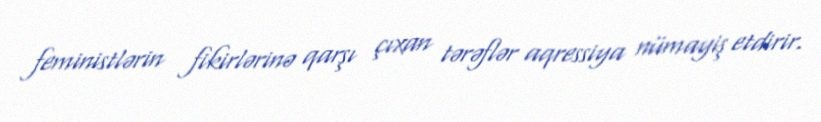
feministlərin fikirlərinə qarşı çıxan tərəflər aqressiya nümayiş etdirir.